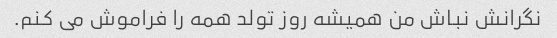
نگرانش نباش من همیشه روز تولد همه را فراموش می کنم.